Report on vaccination in Madras 1922-1929 - 1922-1929
Year: 1922
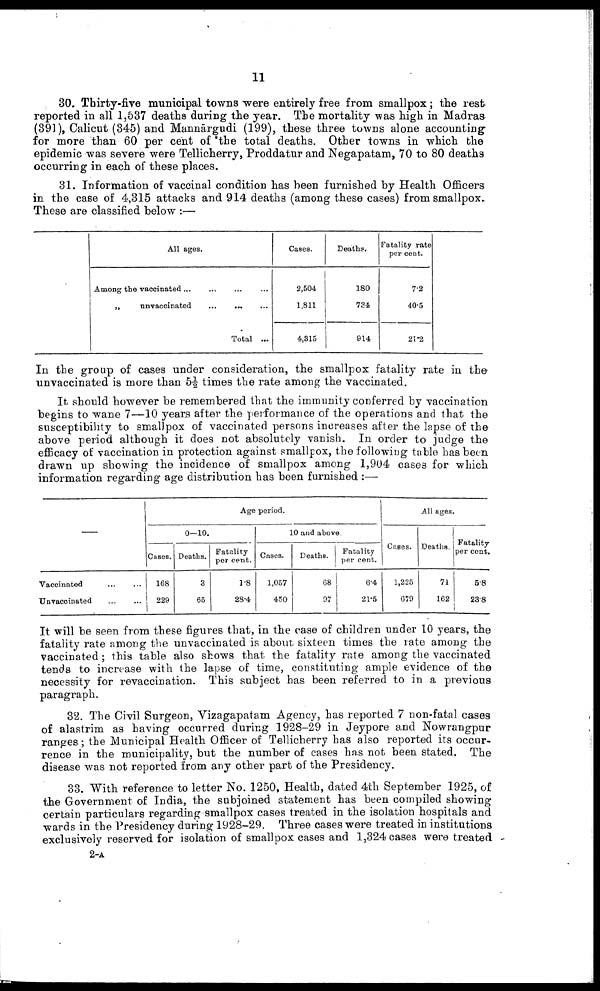
11
30. Thirty-five municipal towns were entirely free from smallpox ; the rest
reported in all 1,537 deaths during the year. The mortality was high in Madras
(391), Calicut (345) and Mannārgudi (199), these three towns alone accounting
for more than 60 per cent of the total deaths. Other towns in which the
epidemic was severe were Tellicherry, Proddatur and Negapatam, 70 to 80 deaths
occurring in each of these places.
31. Information of vaccinal condition has been furnished by Health Officers
in the case of 4,315 attacks and 914 deaths (among these cases) from smallpox.
These are classified below :—
All ages.
Among the vaccinated ... ... ... ...
„
unvaccinated
...
...
...
Total ...
Cases.
2,504
1,811
4,315
Deaths.
180
734
914
Fatality rate
per cent.
7.2
40.5
21.2
In the group of cases under consideration, the smallpox fatality rate in the
unvaccinated is more than 5½ times the rate among the vaccinated.
It should however be remembered that the immunity conferred by vaccination
begins to wane 7—10 years after the performance of the operations and that the
susceptibility to smallpox of vaccinated persons increases after the lapse of the
above period although it does not absolutely vanish. In order to judge the
efficacy of vaccination in protection against smallpox, the following table has been
drawn up showing the incidence of smallpox among 1,904 cases for which
information regarding age distribution has been furnished :—
—
Vaccinated
...
...
Unvaccinated ... ...
Age period.
0—10.
Cases.
168
229
Deaths.
3
65
Fatality
per cent.
1.8
28.4
10 and above.
Cases.
1,057
450
Deaths.
68
97
Fatality
per cent.
6.4
21.5
All ages.
Cases.
1,225
679
Deaths.
71
162
Fatality
per cent.
5.8
23.8
It will be seen from these figures that, in the case of children under 10 years, the
fatality rate among the unvaccinated is about sixteen times the rate among the
vaccinated; this table also shows that the fatality rate among the vaccinated
tends to increase with the lapse of time, constituting ample evidence of the
necessity for revaccination. This subject has been referred to in a previous
paragraph.
32. The Civil Surgeon, Vizagapatam Agency, has reported 7 non-fatal cases
of alastrim as having occurred during 1928-29 in Jeypore and Nowrangpur
ranges; the Municipal Health Officer of Tellicherry has also reported its occur
rence in the municipality, but the number of cases has not been stated. The
disease was not reported from any other part of the Presidency.
33. With reference to letter No. 1250, Health, dated 4th September 1925, of
the Government of India, the subjoined statement has been compiled showing
certain particulars regarding smallpox cases treated in the isolation hospitals and
wards in the Presidency during 1928-29. Three cases were treated in institutions
exclusively reserved for isolation of smallpox cases and 1,324 cases were treated
2-A